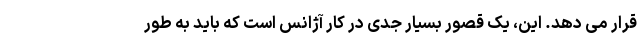
قرار می دهد. این، یک قصور بسیار جدی در کار آژانس است که باید به طور